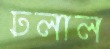
ঢলাল